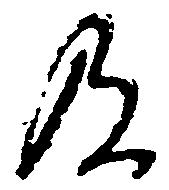
及